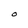
Character: O